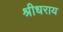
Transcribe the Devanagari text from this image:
श्रीधराय